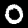
Label: 0